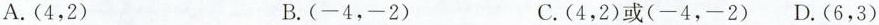
A.(4，2) B.(-4，-2) C.(4，2)或(-4，-2)D.(6，3)